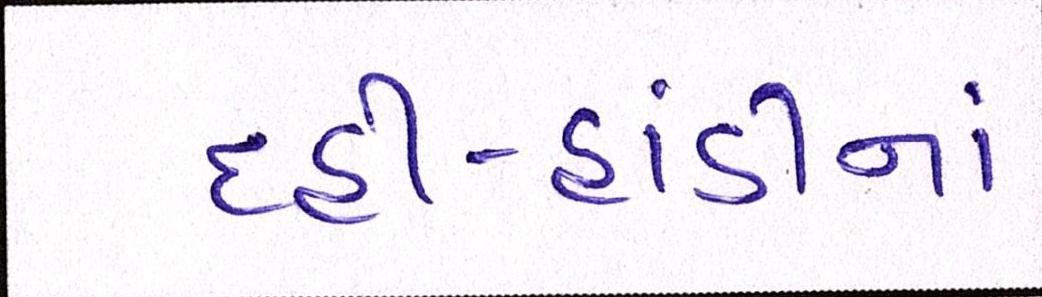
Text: દહીં-હાંડીનાં